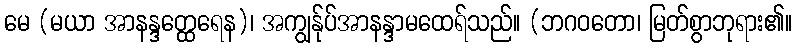
မေ (မယာ အာနန္ဒတ္ထေရေန)၊ အကျွန်ုပ်အာနန္ဒာမထေရ်သည်။ (ဘဂဝတော၊ မြတ်စွာဘုရား၏။